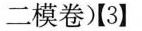
二模卷)【3】